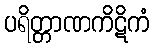
ပရိတ္တာဏကိဋိကံ